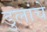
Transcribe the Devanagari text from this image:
डुलांचे